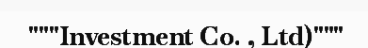
"""Investment Co. , Ltd)"""